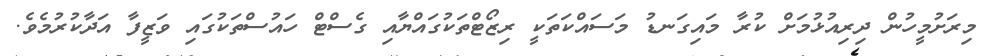
މިރަށުމީހުން ދިރިއުޅުމަށް ކުރާ މައިގަނޑު މަސައްކަތަކީ ރިޒޯޓްތަކުގައްޔާއި ގެސްޓް ހައުސްތަކުގައި ވަޒީފާ އަދާކުރުމެވެ.